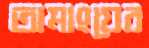
তামাংয়ের